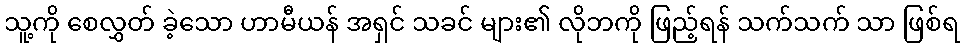
သူ့ကို စေလွှတ် ခဲ့သော ဟာမီယန် အရှင် သခင် များ၏ လိုဘကို ဖြည့်ရန် သက်သက် သာ ဖြစ်ရ